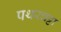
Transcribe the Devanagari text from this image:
पथरचट्टा